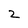
Character: 2